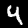
Digit: 4